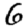
Digit: 6